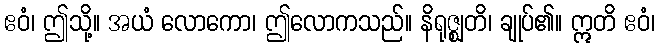
ဧဝံ၊ ဤသို့။ အယံ လောကော၊ ဤလောကသည်။ နိရုဇ္ဈတိ၊ ချုပ်၏။ ဣတိ ဧဝံ၊